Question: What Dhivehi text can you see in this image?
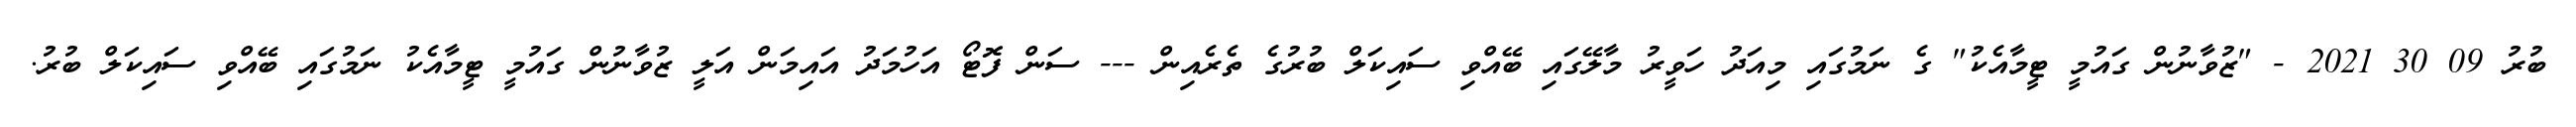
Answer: ބުރު 09 30 2021 - "ޒުވާނުން ގައުމީ ޓީމާއެކު" ގެ ނަމުގައި މިއަދު ހަވީރު މާލޭގައި ބޭއްވި ސައިކަލް ބުރުގެ ތެރެއިން --- ސަން ފޮޓޯ އަހުމަދު އައިމަން އަލީ ޒުވާނުން ގައުމީ ޓީމާއެކު ނަމުގައި ބޭއްވި ސައިކަލް ބުރު.